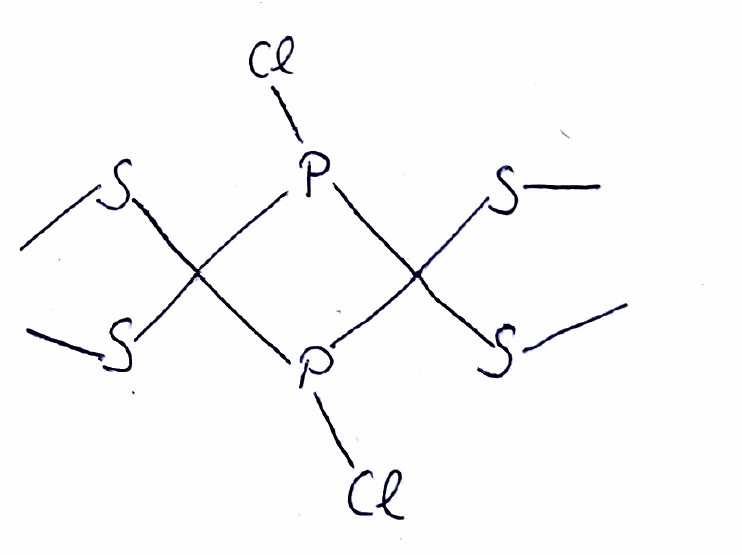
Simplified molecular-input line-entry system (SMILES) notation of the given molecule:
CSC1(P(C(P1Cl)(SC)SC)Cl)SC